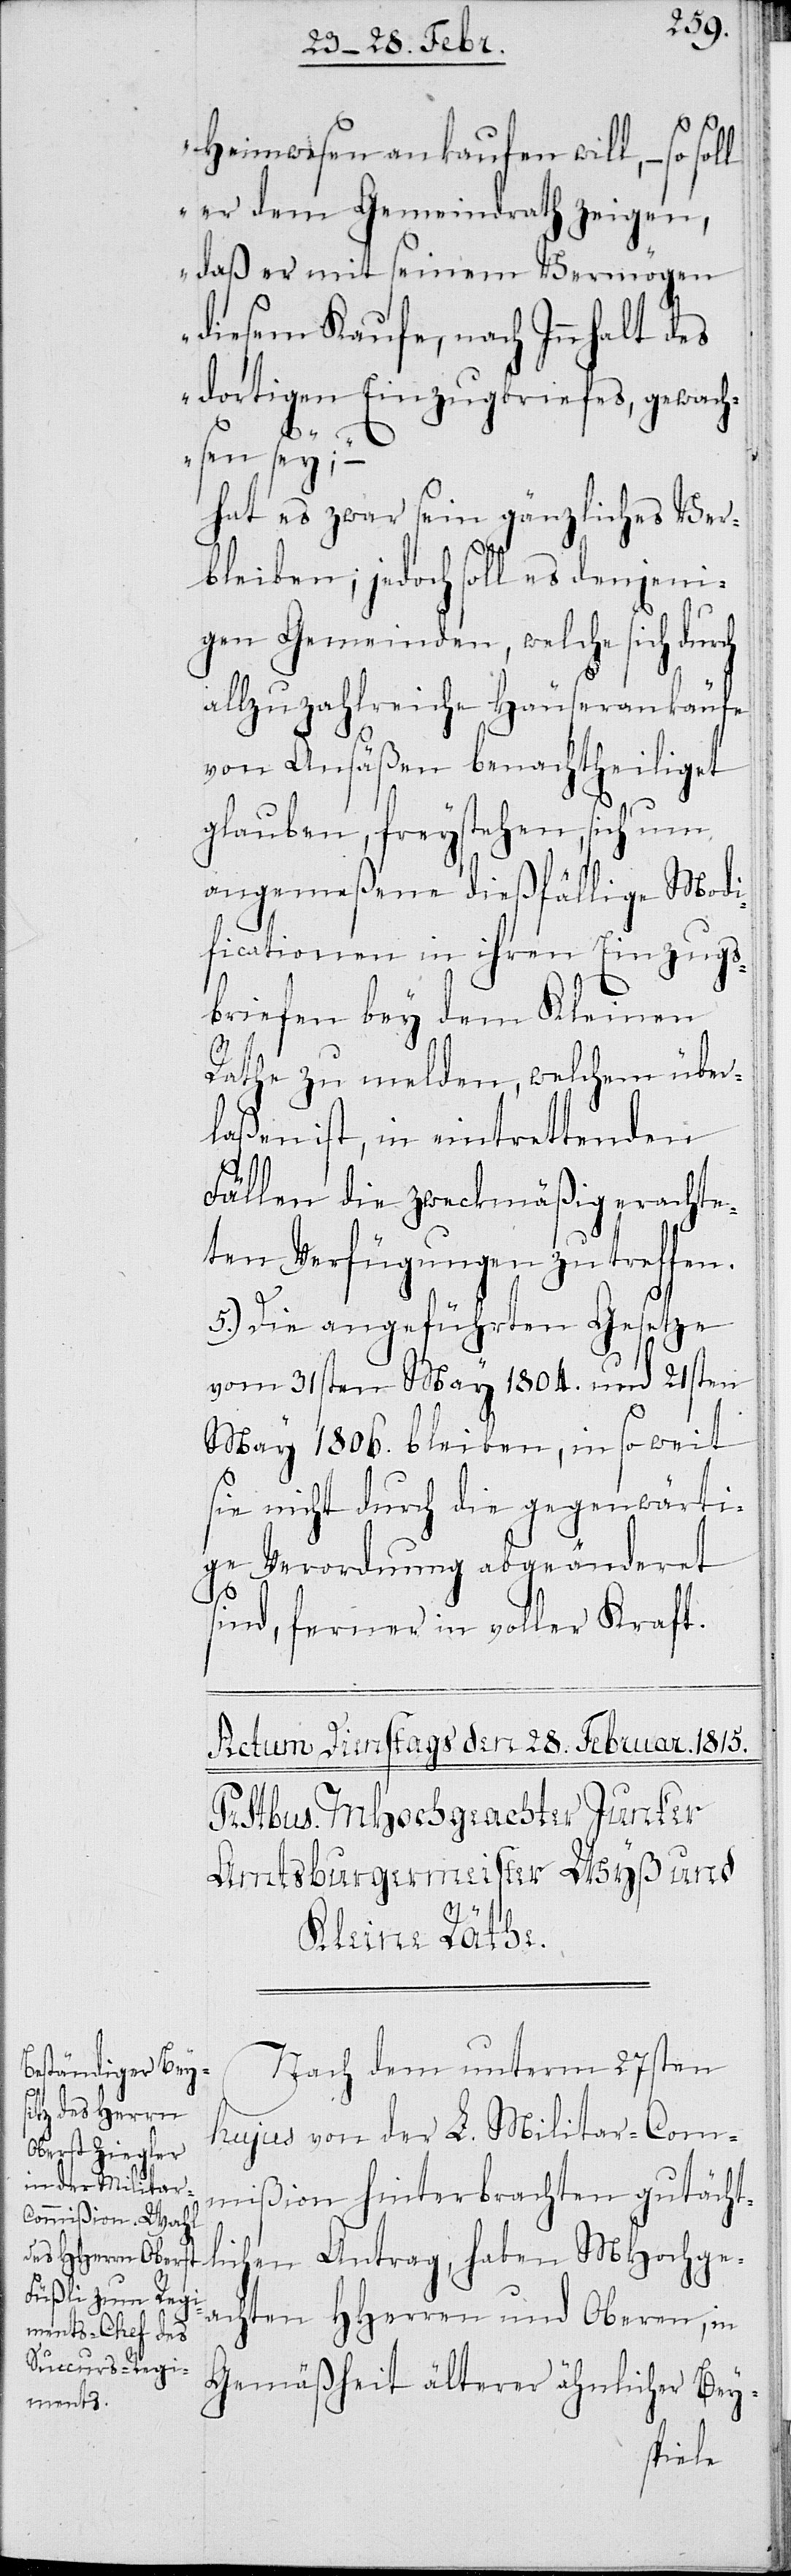
Heimwesen ankaufen will, – so
er dem Gemeindrath zeigen,
daß er mit seinem Vermögen
diesem Kaufe, nach Innhalt des
dortigen Einzugsbriefes, gewach¬
sen sey;“ –
hat es zwar sein gänzliches Ver¬
bleiben; jedoch soll es denjeni¬
gen Gemeinden, welche sich durch
allzuzahlreiche Häuserankäufe
von Ansäßen benachtheiliget
glauben, freystehen, sich um
angemeßene dießfällige Modi¬
ficationen in ihren Einzugs¬
briefen bey dem Kleinen
Rathe zu melden, welchem über¬
laßen ist, in eintrettenden
Fällen die zweckmäßig erachte¬
ten Verfügungen zu treffen.
5.) Die angeführten Gesetze
vom 31sten May 1804. und 21sten
May 1806. bleiben, in so weit
sie nicht durch die gegenwärti¬
gen Verordnung abgeändert
sind, ferner in voller Kraft.
Nach dem unterm 27sten
hujus von der L. Militar-Com¬
mißion hinterbrachten gutächt¬
lichen Antrag, haben MHochge¬
achten HHerren und Oberen, in
Gemäßheit älterer ähnlicher Bey-